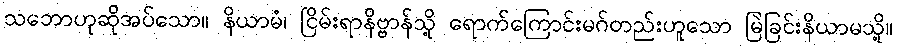
သဘောဟုဆိုအပ်သော။ နိယာမံ၊ ငြိမ်းရာနိဗ္ဗာန်သို့ ရောက်ကြောင်းမဂ်တည်းဟူသော မြဲခြင်းနိယာမသို့။